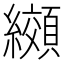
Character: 纐